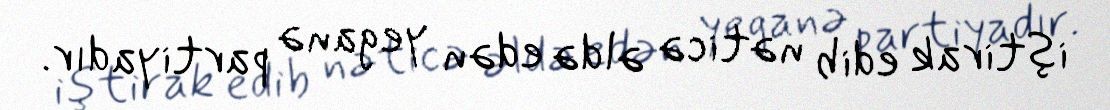
iştirak edib nəticə əldə edən yeganə partiyadır.